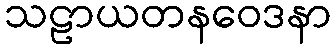
သဠာယတနဝေဒနာ